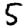
Digit: 5